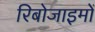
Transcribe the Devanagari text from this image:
रिबोजाइमों